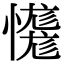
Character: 𢣝